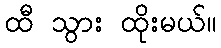
ထီ သွား ထိုးမယ်။